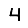
Digit: 4